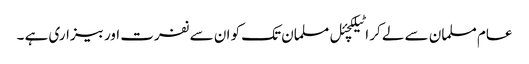
عام مسلمان سے لے کر اٹیلکچئل مسلمان تک کو ان سے نفرت اور بیزاری ہے ۔